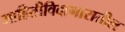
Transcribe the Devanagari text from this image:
माहितीविदागारातील